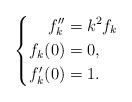
LaTeX: \begin{align*} \left\{ \begin{aligned} f_k'' &= k^2f_k \\ f_k(0) &= 0, \\ f_k'(0) &= 1. \end{aligned}\right. \end{align*}